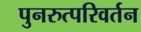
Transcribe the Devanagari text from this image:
पुनरुत्परिवर्तन